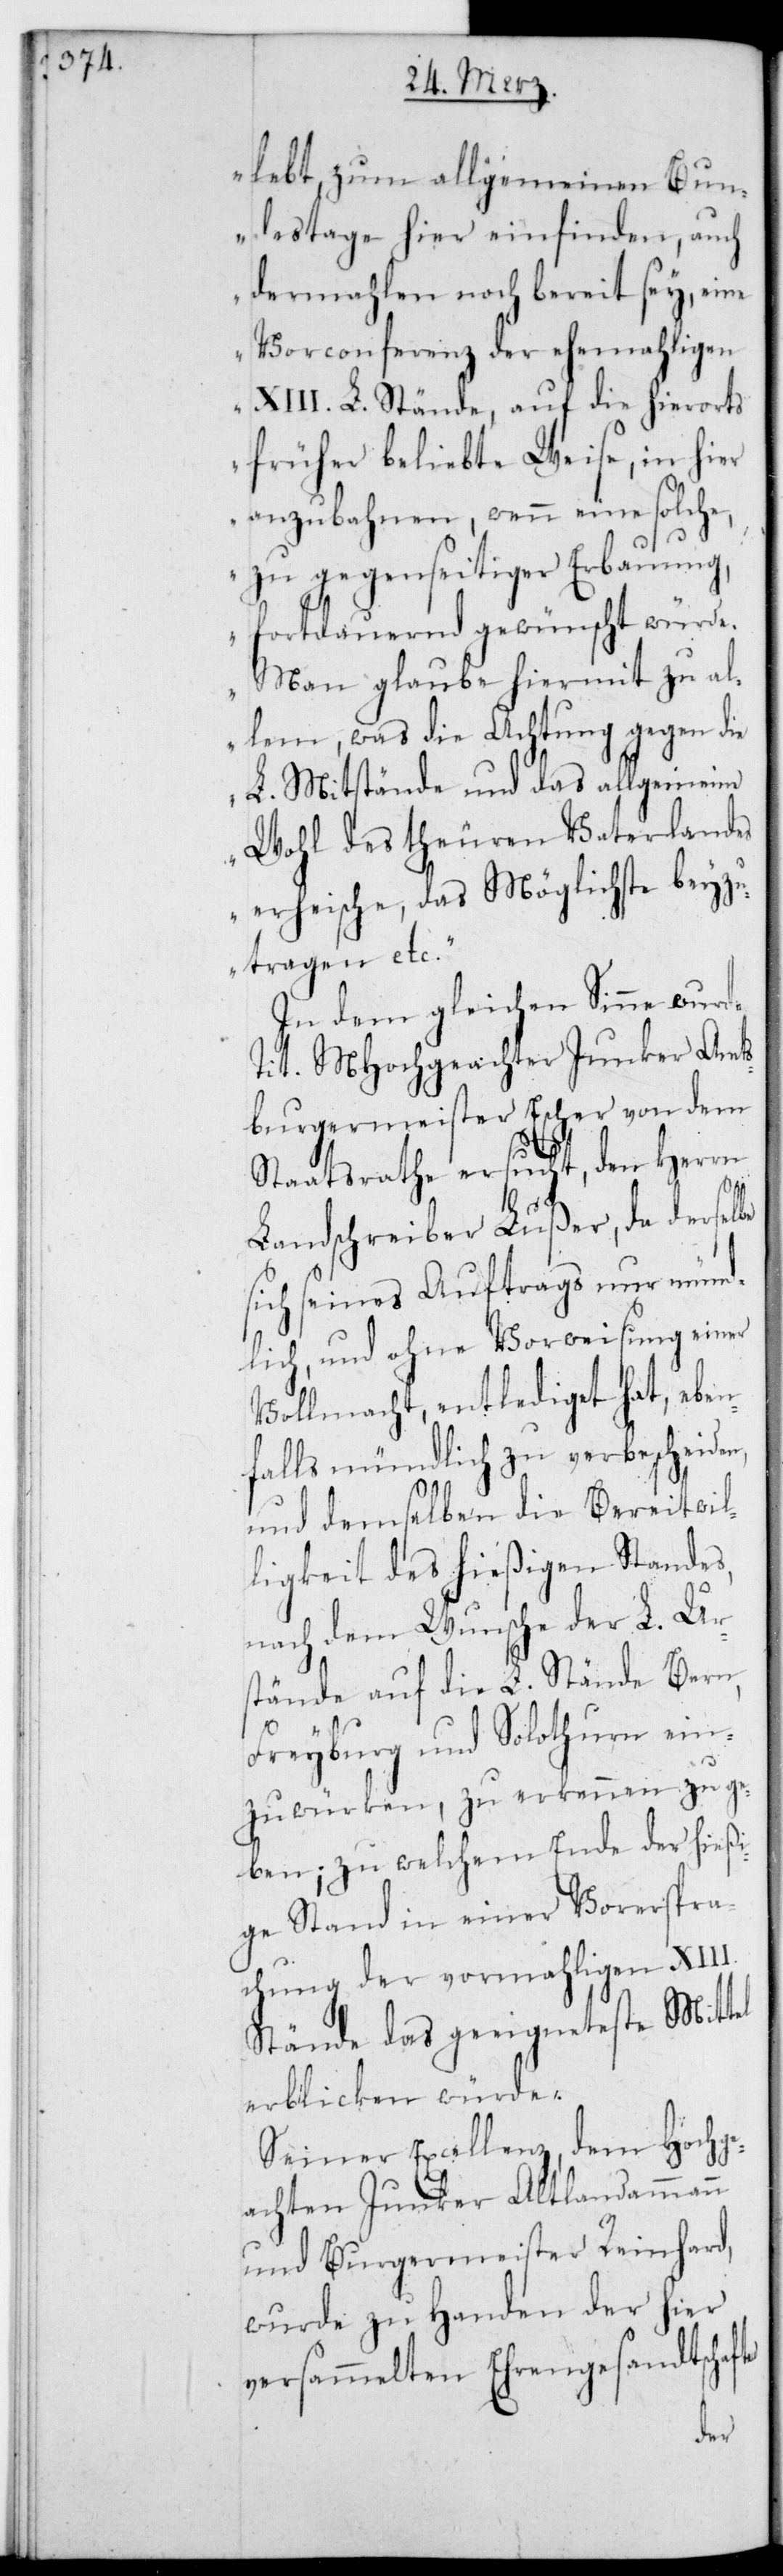
lebt zum allgemeinen Bun¬
destage hier einfinden, auch
dermahlen noch bereit sey, eine
Vorconferenz der ehemaligen
XIII. L. Stände, auf die hierorts
früher beliebte Weise, in hier
anzubahnen, wenn eine solche,
zu gegenseitiger Erbauung,
fortdauernd gewünscht würde.
Man glaube hiermit zu al¬
lem, was die Achtung gegen die
L. Mitstände und das allgemeine
Wohl des teuren Vaterlandes
erheische, das Möglichste beyzu¬
tragen etc.“
In dem gleichen Sinne wurde
tit. Hochgeachter Junker Amts¬
burgermeister Escher von dem
Staatsrathe ersucht, den Herrn
Landschreiber Lußer, da derselbe
sich seines Auftrags nur münd¬
lich und ohne Vorweisung einer
Vollmacht entlediget hat, eben¬
falls mündlich zu verbescheiden,
und demselben die Bereitwil¬
ligkeit des hießigen Standes,
nach dem Wunsche der L. Ur¬
stände auf die L. Stände Bern,
Freyburg und Solothurn ein¬
zuwürken, zu erkenen zu ge¬
ben; zu welchem Ende der hießi¬
ge Stand in einer Vorerspra¬
chung der vormaligen XIII.
Stände das geeigneteste Mittel
erblicken würde.
Seiner Excellenz dem Hochge¬
achten Junker Altlandammann
und Burgermeister Reinhard,
wurde zu Handen der hier
versammelten Ehrengesandtschaft